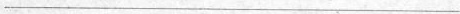
___